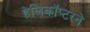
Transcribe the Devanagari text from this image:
हेलिकॉप्टरने